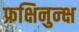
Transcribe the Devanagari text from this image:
फ्रक्षिनुन्क्ष